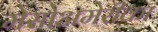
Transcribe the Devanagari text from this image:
मेसोअमेरीका